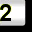
Digit: 2